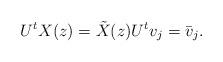
LaTeX: \begin{align*}U^t X(z) = \tilde{X}(z) U^t v_j = \bar{v}_j.\end{align*}